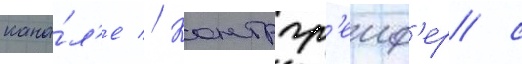
кана́л'е // Контргр'еиф'ер с